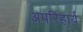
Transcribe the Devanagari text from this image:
अपरिहार्य़